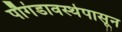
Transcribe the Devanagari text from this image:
पौगंडावस्थेपासून